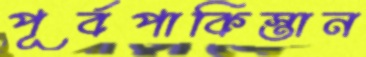
পূর্বপাকিস্তান